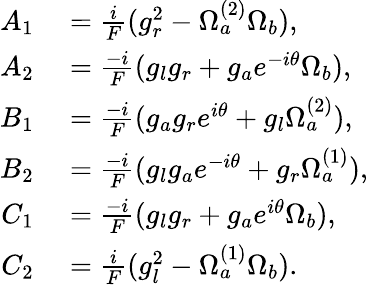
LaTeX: \begin{array}{rl}{A_{1}}&{{}=\frac{i}{F}(g_{r}^{2}-\Omega_{a}^{(2)}\Omega_{b}),}\\ {A_{2}}&{{}=\frac{-i}{F}(g_{l}g_{r}+g_{a}e^{-i\theta}\Omega_{b}),}\\ {B_{1}}&{{}=\frac{-i}{F}(g_{a}g_{r}e^{i\theta}+g_{l}\Omega_{a}^{(2)}),}\\ {B_{2}}&{{}=\frac{-i}{F}(g_{l}g_{a}e^{-i\theta}+g_{r}\Omega_{a}^{(1)}),}\\ {C_{1}}&{{}=\frac{-i}{F}(g_{l}g_{r}+g_{a}e^{i\theta}\Omega_{b}),}\\ {C_{2}}&{{}=\frac{i}{F}(g_{l}^{2}-\Omega_{a}^{(1)}\Omega_{b}).}\end{array}